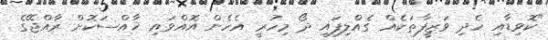
"ކޮވިޑާއި ހެދި ވަޒީފާތަކެއް ގެއްލިފައި ދޯ މިހުރީ އެހެން އޮއްވައި ޚާއްސަކޮށް ރާއްޖޭގެ